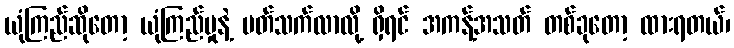
ယုံကြည်ဆိုတော့ ယုံကြည်မှုနဲ့ ပတ်သက်လာလို့ ရှိရင် အကန့်အသတ် တစ်ခုတော့ ထားရတယ်၊